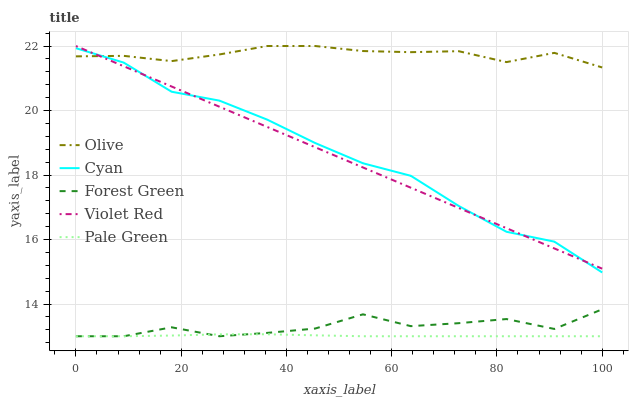
| xaxis_label | Olive | Cyan | Forest Green | Violet Red | Pale Green |
 | --- | --- | --- | --- | --- | --- |
 | 0 | 21.7 | 21.9 | 13 | 22 | 13 |
 | 9.09 | 21.7 | 21.5 | 13 | 21.4 | 13 |
 | 18.2 | 21.5 | 20.6 | 13.3 | 20.7 | 13 |
 | 27.3 | 21.7 | 20.3 | 13 | 20.1 | 13.1 |
 | 36.4 | 22 | 19.7 | 13.1 | 19.5 | 13.1 |
 | 45.5 | 22 | 19 | 13.2 | 18.9 | 13 |
 | 54.5 | 21.8 | 18.4 | 13.7 | 18.2 | 13 |
 | 63.6 | 21.8 | 18 | 13.3 | 17.6 | 13 |
 | 72.7 | 21.8 | 17 | 13.4 | 17 | 13 |
 | 81.8 | 21.5 | 16.2 | 13.5 | 16.4 | 13 |
 | 90.9 | 21.8 | 15.9 | 13.2 | 15.7 | 13 |
 | 100 | 21.3 | 15 | 13.8 | 15.1 | 13 |